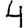
Digit: 4